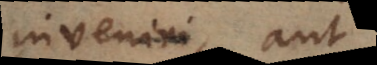
inveniri, aut